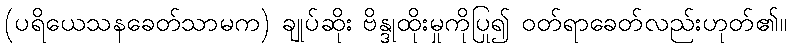
(ပရိယေသနခေတ်သာမက) ချုပ်ဆိုး ဗိန္ဒုထိုးမှုကိုပြု၍ ဝတ်ရာခေတ်လည်းဟုတ်၏။